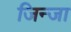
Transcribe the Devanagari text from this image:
जिन्जा